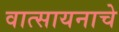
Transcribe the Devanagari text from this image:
वात्सायनाचे